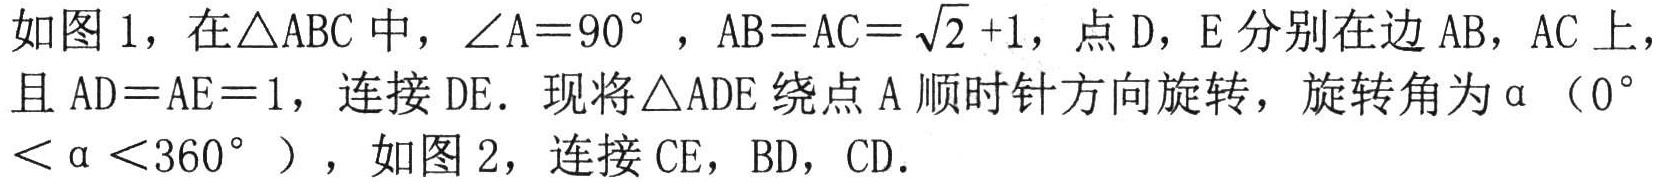
如图 1，在\(\triangle ABC\)中，\(\angle A = 90^{\circ}\)，\(AB = AC=\sqrt{2}+1\)，点\(D\)，\(E\)分别在边\(AB\)，\(AC\)上，且\(AD = AE = 1\)，连接\(DE\)。现将\(\triangle ADE\)绕点\(A\)顺时针方向旋转，旋转角为\(\alpha\)（\(0^{\circ}<\alpha<360^{\circ}\)），如图 2，连接\(CE\)，\(BD\)，\(CD\)。